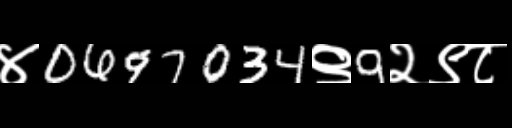
Text: ४0697034९9२९८